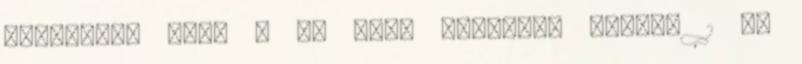
szőnyegMy Girl - Az első szerelem "Idén, 1 év